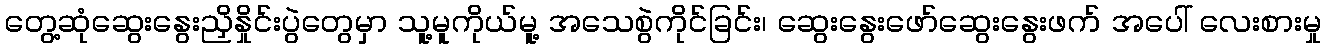
တွေ့ဆုံဆွေးနွေးညှိနှိုင်းပွဲတွေမှာ သူ့မူကိုယ်မူ့ အသေစွဲကိုင်ခြင်း၊ ဆွေးနွေးဖော်ဆွေးနွေးဖက် အပေါ် လေးစားမှု